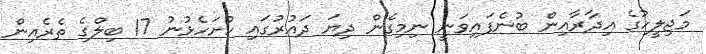
މަޖިލީހުގެ އިދާރާއިން ބުނެފައިވަނީ ނިމިގެން ދިޔަ ދައުރުގައި ހުށަހެޅުނު 17 ބިލްގެ ތެރެއިން